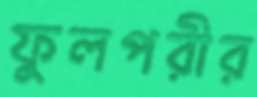
ফুলপরীর